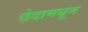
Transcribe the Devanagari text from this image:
छेदामधून